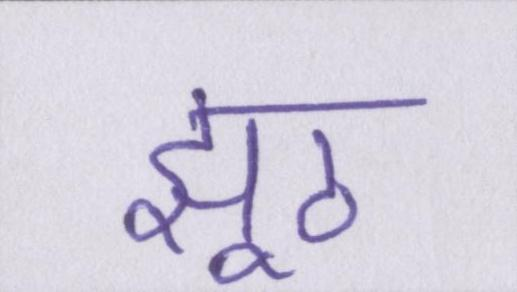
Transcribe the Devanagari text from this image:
झूठ